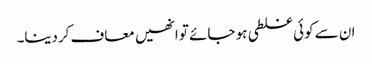
ان سے کوئی غلطی ہو جائے تو انھیں معاف کردینا۔